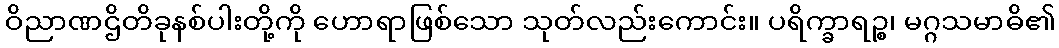
ဝိညာဏဌိတိခုနစ်ပါးတို့ကို ဟောရာဖြစ်သော သုတ်လည်းကောင်း။ ပရိက္ခာရဉ္စ၊ မဂ္ဂသမာဓိ၏